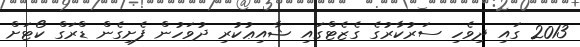
2013 ގައި ދިވެހި ސަރުކާރުގެ ގެޒެޓްގައި ޝާއިޢުކުރި ދުވަހުން ފެށިގެން ޑްރަގް ކޯޓަށް